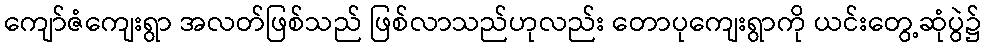
ကျော်ဇံကျေးရွာ အလတ်ဖြစ်သည် ဖြစ်လာသည်ဟုလည်း တောပုကျေးရွာကို ယင်းတွေ့ဆုံပွဲ၌